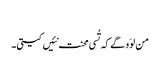
‏
من لوَو گے کہ تُسی محنت نئیں کیتی۔